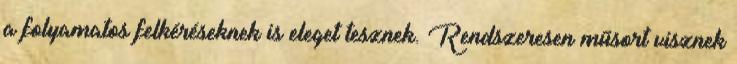
a folyamatos felkéréseknek is eleget tesznek. Rendszeresen műsort visznek